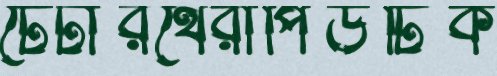
টেঁটারথেরাপিউটিক